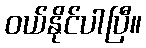
ဝယ်နိုင်ပါပြီ။